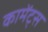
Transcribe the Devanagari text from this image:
कामेंट्स